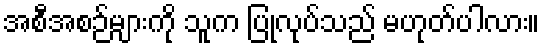
အစီအစဉ်များကို သူက ပြုလုပ်သည် မဟုတ်ပါလား။